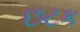
છટક